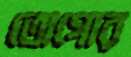
তোগোর